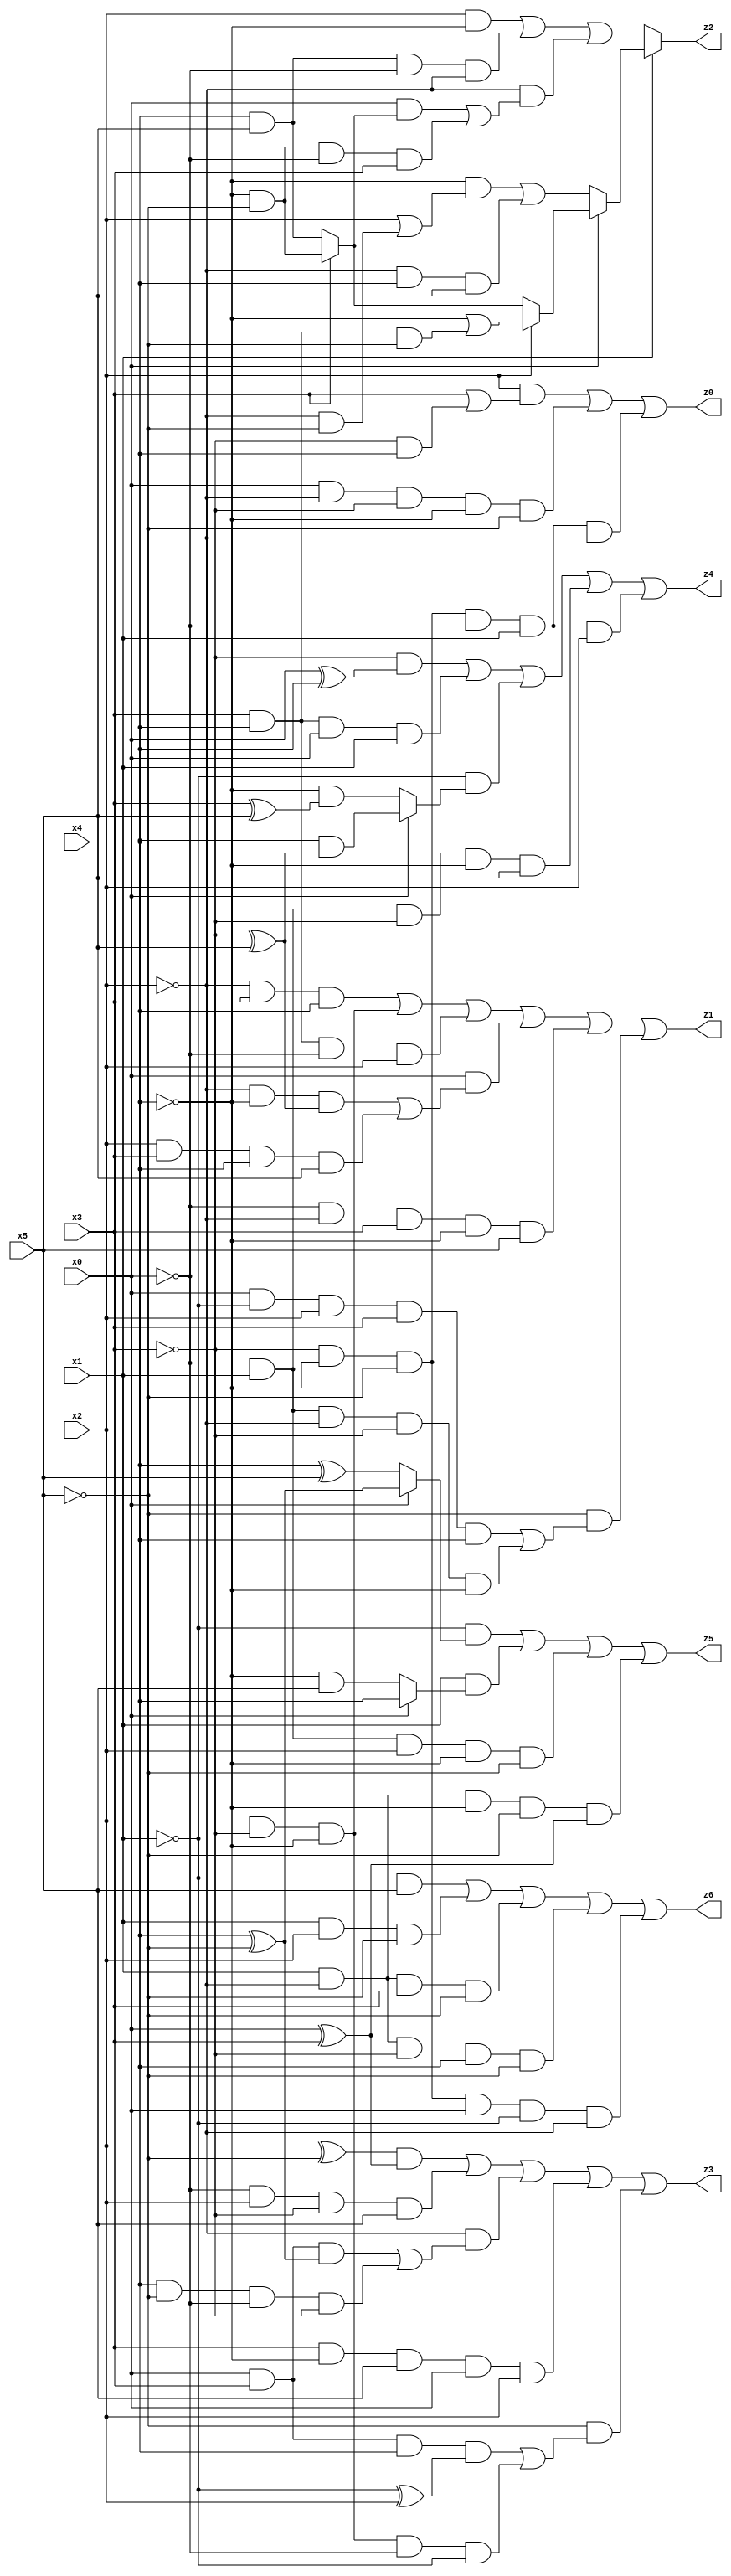
// Benchmark "X_12" written by ABC on Wed Jun 07 16:16:15 2023

module X_40 ( 
    x0, x1, x2, x3, x4, x5,
    z0, z1, z2, z3, z4, z5, z6  );
  input  x0, x1, x2, x3, x4, x5;
  output z0, z1, z2, z3, z4, z5, z6;
  assign z0 = (x2 & (x3 | (~x3 & x4))) | (x0 & ~x2 & ~x3 & ~x4 & ~x5) | (~x3 & ~x4 & ~x5 & ~x0 & x1 & ~x2);
  assign z1 = (~x2 & x3 & x4) | (x2 & ~x3 & ~x4) | (x3 & x4 & ~x0 & x2) | (x0 & ((~x2 & ~x4 & (~x3 ^ x5)) | (x2 & x3 & x4 & x5))) | (~x0 & ~x2 & x3 & ~x4 & x5) | (~x5 & ((x0 & ~x1 & x2 & x3 & x4) | (~x0 & x1 & ~x2 & ~x3 & ~x4)));
  assign z2 = x1 ? (x0 ? (x2 ? (~x4 | (x3 & x4 & ~x5)) : (x3 ? (~x4 & ~x5) : (x4 & x5))) : ((~x4 & (x2 | (~x2 & ~x5))) | (~x2 & x4 & x5))) : ((x2 & ~x4) | (x4 & x5 & ~x0 & ~x2) | (~x2 & ((x0 & (x3 ? (~x4 & ~x5) : (x4 & x5))) | (~x4 & ~x5 & ~x0 & x3))));
  assign z3 = ((x2 ^ ~x5) & (x0 ^ x3)) | (~x0 & x2 & ~x3 & x5) | (~x2 & ((x0 & x3 & (x4 ^ ~x5)) | (x4 & ~x5 & ~x0 & ~x3))) | (x3 & ~x4 & x5 & x0 & x2) | (~x5 & ((x0 & x3 & x4 & (~x1 ^ x2)) | (x2 & ~x3 & ~x4 & ~x0 & ~x1)));
  assign z4 = (~x3 & (x0 ^ x4)) | (x3 & x4 & x0 & x1) | (~x1 & (x0 ? (x4 & (~x3 ^ x5)) : (~x4 & (x3 ^ x5)))) | (~x0 & x1 & ~x3 & ~x4 & x5) | (~x3 & ~x4 & ~x5 & ~x0 & x1 & x2);
  assign z5 = (~x1 & (x0 ? (x4 ^ ~x5) : (x4 ^ x5))) | (x1 & (x0 ? x4 : (~x4 & x5))) | (~x0 & x1 & x2 & ~x4 & ~x5) | (x1 & ~x2 & ~x4 & ~x5 & (x0 ^ x3));
  assign z6 = (~x1 & x5) | (x1 & x2 & ~x5) | (x1 & ~x2 & x3 & ~x5) | (x1 & ~x2 & ~x3 & x4 & ~x5) | (~x3 & ~x4 & ~x5 & x0 & ~x1 & ~x2);
endmodule